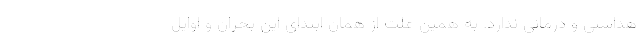
هداشتی و درمانی ندارد. به همین علت از همان ابتدای این بحران و اوایل